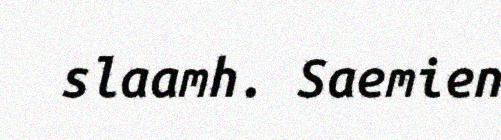
slaamh. Saemien